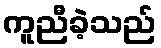
ကူညီခဲ့သည်